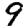
Digit: 9